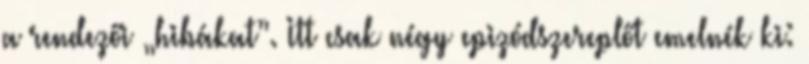
a rendezői „hibákat”. Itt csak négy epizódszereplőt emelnék ki: